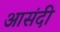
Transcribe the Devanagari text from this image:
आसंदी